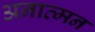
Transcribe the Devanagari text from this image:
अनात्मन